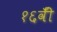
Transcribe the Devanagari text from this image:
१६वीँ